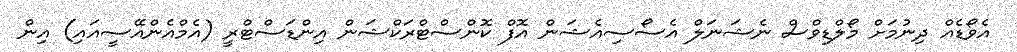
އެވޯޑެއް ދިނުމަށް މޯލްޑިވްސް ނެޝަނަލް އެސޯސިއެޝަން އޮފް ކޮންސްޓްރަކްޝަން އިންޑަސްޓްރީ (އެމްއެންއޭސީއައި) އިން